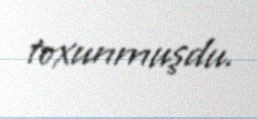
toxunmuşdu.